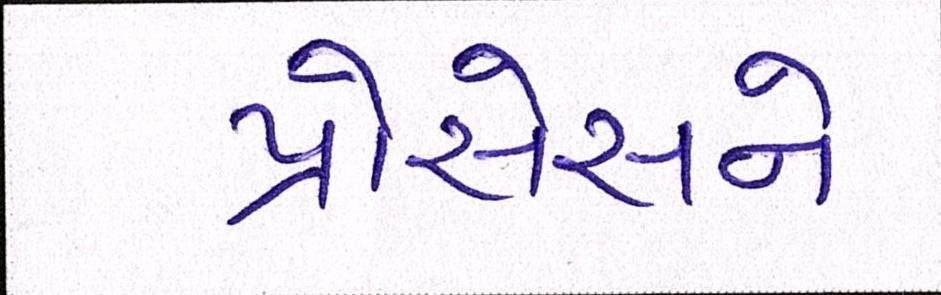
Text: પ્રોસેસને